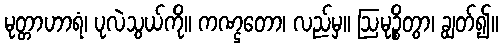
မုတ္တာဟာရံ၊ ပုလဲသွယ်ကို။ ကဏ္ဌတော၊ လည်မှ။ ဩမုဉ္စိတွာ၊ ချွတ်၍။